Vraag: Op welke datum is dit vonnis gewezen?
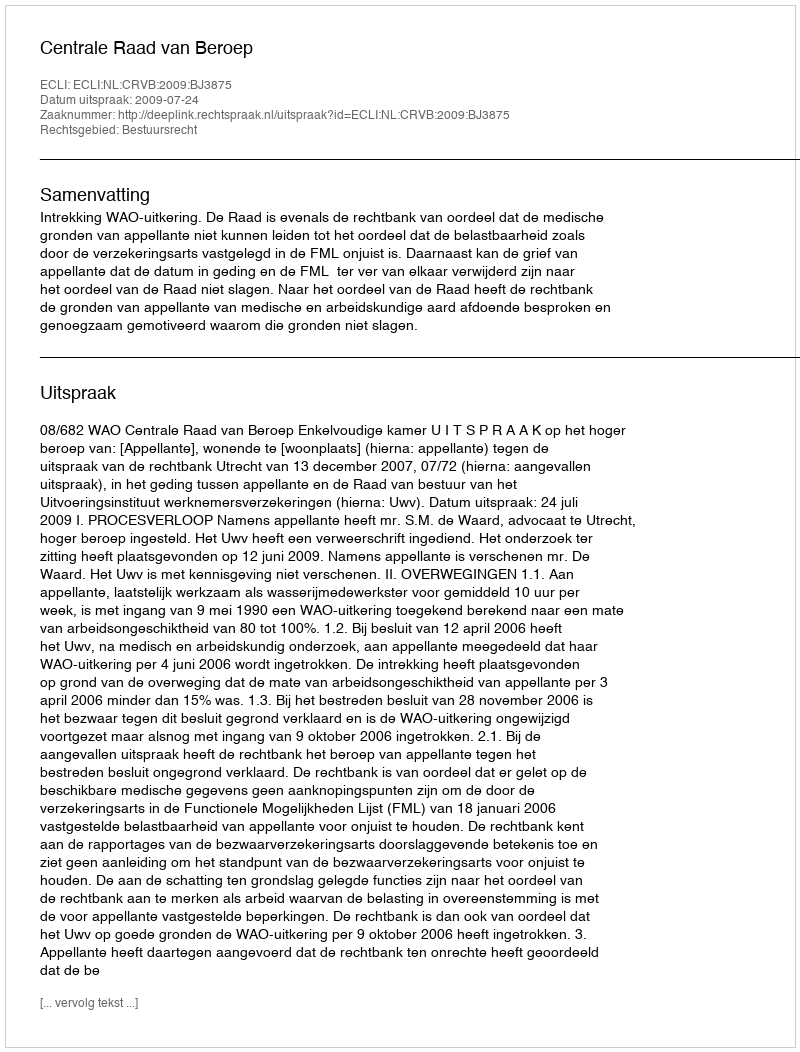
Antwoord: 2009-07-24